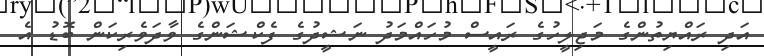
އަދި ރައްޔިތުންގެ މަޖިލީހުގެ ރައީސް މުހައްމަދު ނަޝީދުގެ ފެކްޝަންގެ ވާދަވެރިކަން ބޮޑު އެ